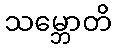
သမ္ဘောတိ